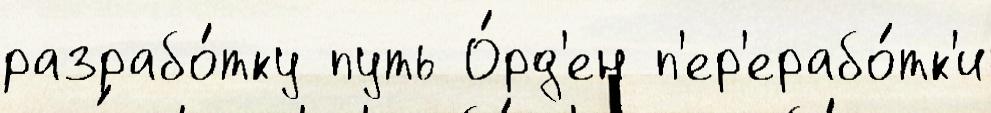
разрабо́тку путь О́рд'ен п'ер'ерабо́тк'и